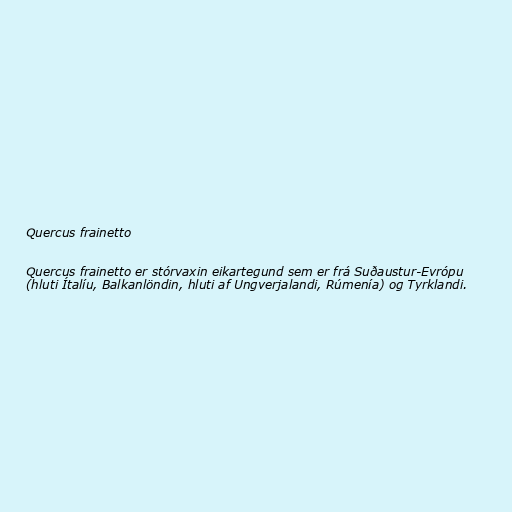
Quercus frainetto

Quercus frainetto er stórvaxin eikartegund sem er frá Suðaustur-Evrópu
(hluti Ítalíu, Balkanlöndin, hluti af Ungverjalandi, Rúmenía) og Tyrklandi.